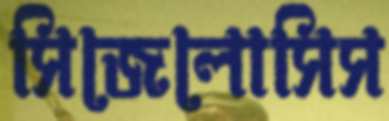
সিজেলোসিস